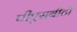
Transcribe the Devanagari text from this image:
पीएसबीटी